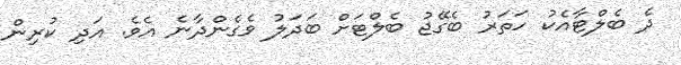
ދެ ބެލްޓާއެކު ހަތަރު ބެގޭޖު ބެލްޓަށް ބަދަލު ވެގެންދާނެ އެވެ. އަދި ކުރިން